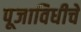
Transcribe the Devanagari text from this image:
पूजाविधीचे